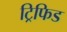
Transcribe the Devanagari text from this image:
ट्रिफिड